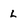
Character: L